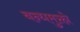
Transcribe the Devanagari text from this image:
बन्धमुक्तो